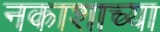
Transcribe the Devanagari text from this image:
नकाशाच्या